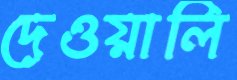
দেওয়ালি